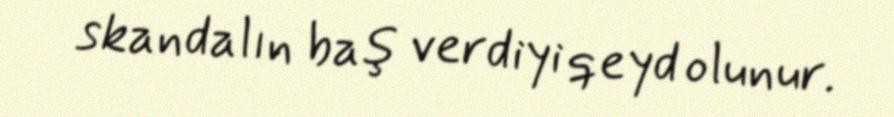
skandalın baş verdiyi qeyd olunur.